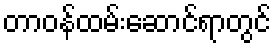
တာဝန်ထမ်းဆောင်ရာတွင်